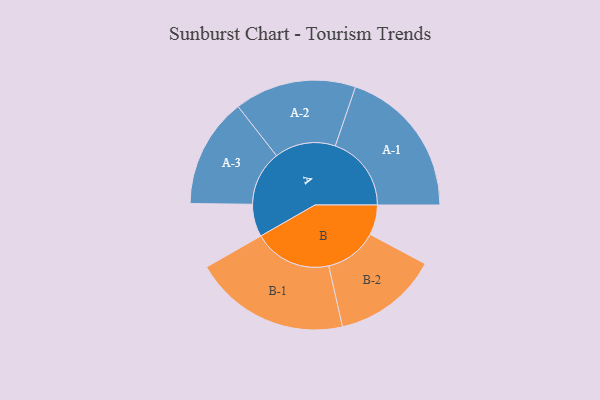
{"axis": {"x": "Segment", "y": "Value"}, "legend": ["", "A", "B"], "data": [{"x": "A", "y": 114, "type": ""}, {"x": "B", "y": 105, "type": ""}, {"x": "A-1", "y": 266, "type": "A"}, {"x": "A-2", "y": 213, "type": "A"}, {"x": "A-3", "y": 192, "type": "A"}, {"x": "B-1", "y": 273, "type": "B"}, {"x": "B-2", "y": 184, "type": "B"}]}